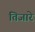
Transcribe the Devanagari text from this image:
तिजारे